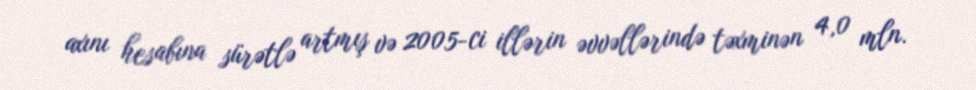
axını hesabına sürətlə artmış və 2005-ci illərin əvvəllərində təxminən 4,0 mln.